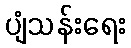
ပျံသန်းရေး